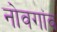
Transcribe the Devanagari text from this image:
नोवगांव